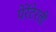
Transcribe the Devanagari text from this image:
पेरेंटेरली